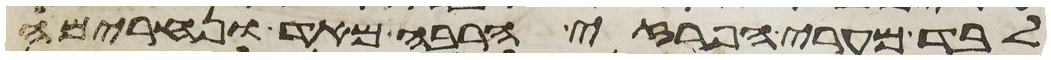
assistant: לבד מערי הפרזי הרבה מאד ונחרימה